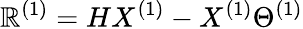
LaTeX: \mathbb{R}^{(1)}=HX^{(1)}-X^{(1)}\Theta^{(1)}